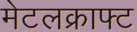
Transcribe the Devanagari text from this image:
मेटलक्राफ्ट